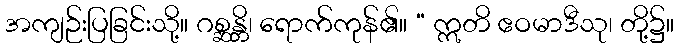
အကျဉ်းပြခြင်းသို့။ ဂစ္ဆန္တိ၊ ရောက်ကုန်၏။ “ ဣတိ ဧဝမာဒီသု၊ တို့၌။